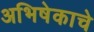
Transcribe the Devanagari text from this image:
अभिषेकाचे